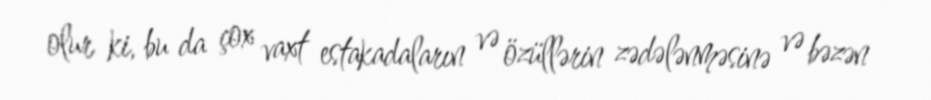
olur ki, bu da çox vaxt estakadaların və özüllərin zədələnməsinə və bəzən